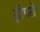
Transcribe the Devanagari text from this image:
झेंपते